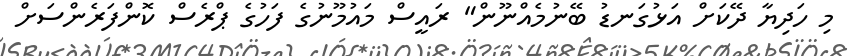
މި ހަދިޔާ ދޭކަށް އަޅުގަނޑު ބޭނުމެއްނޫން" ރައީސް މައުމޫނުގެ ފަހުގެ ޕްރެސް ކޮންފަރެންސަށް